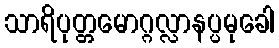
သာရိပုတ္တမောဂ္ဂလ္လာနပ္ပမုခေါ